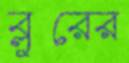
ব্লুরের